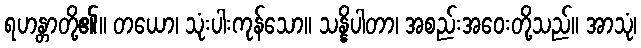
ရဟန္တာတို့၏။ တယော၊ သုံးပါးကုန်သော။ သန္နိပါတာ၊ အစည်းအဝေးတို့သည်။ အာသုံ၊